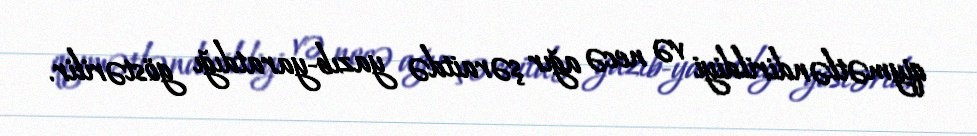
qiymətləndirildiyi və necə ağır şəraitdə yazıb-yaratdığı göstərilir.